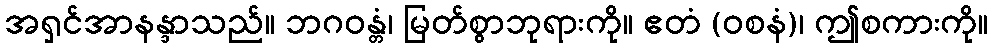
အရှင်အာနန္ဒာသည်။ ဘဂဝန္တံ၊ မြတ်စွာဘုရားကို။ ဧတံ (ဝစနံ)၊ ဤစကားကို။